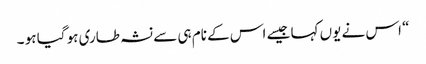
“ اس نے یوں کہا جیسے اس کے نام ہی سے نشہ طاری ہو گیا ہو ۔